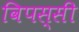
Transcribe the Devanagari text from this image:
विपस्सी